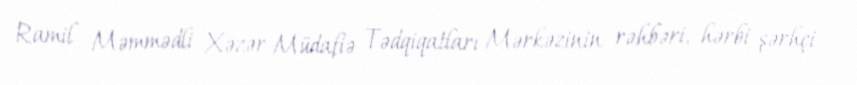
Ramil Məmmədli Xəzər Müdafiə Tədqiqatları Mərkəzinin rəhbəri, hərbi şərhçi